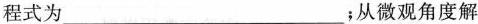
程式为___________；从微观角度解